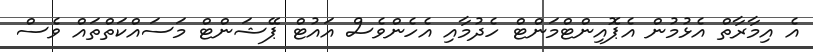
އެ އިމާރާތް އެޅުމުން އެޕޮއިންޓްމަންޓް ހެދުމާއި އެހެންވެސް އައުޓް ޕޭޝަންޓް މަސައްކަތްތައް ވެސް